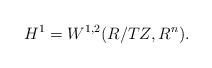
LaTeX: \begin{align*} H^1=W^{1,2}(R/TZ,R^n).\end{align*}